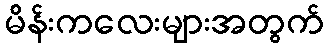
မိန်းကလေးများအတွက်